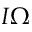
I { \boldsymbol \Omega }